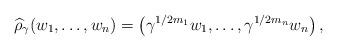
LaTeX: \begin{align*}\widehat{\rho}_{\gamma}(w_1,\dots,w_n) = \left(\gamma^{1/2m_1}w_1,\dots,\gamma^{1/2m_n}w_n\right),\end{align*}